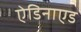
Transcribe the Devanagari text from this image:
ऐडिनाएड